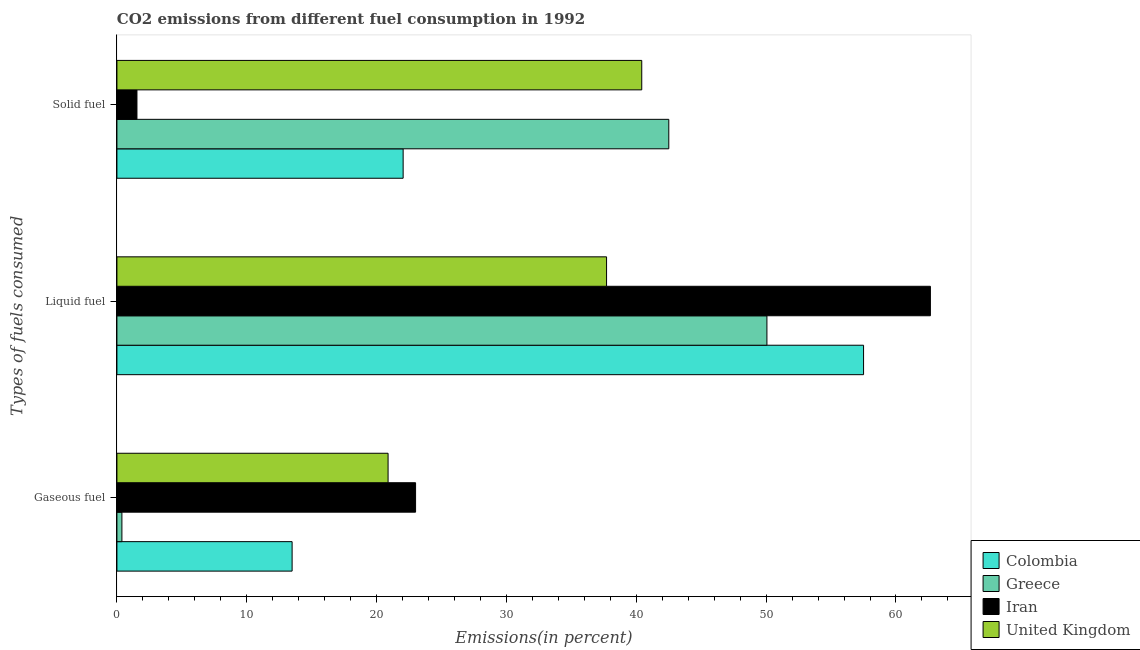
| Types of fuels consumed | Colombia | Greece | Iran | United Kingdom |
 | --- | --- | --- | --- | --- |
 | Gaseous fuel | 13.5 | 0.384 | 23 | 20.9 |
 | Liquid fuel | 57.5 | 50.1 | 62.7 | 37.7 |
 | Solid fuel | 22 | 42.5 | 1.54 | 40.4 |